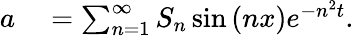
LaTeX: \begin{array}{rl}{a}&{{}=\sum_{n=1}^{\infty}S_{n}\sin\left(nx\right)e^{-n^{2}t}.}\end{array}